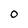
Character: O